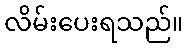
လိမ်းပေးရသည်။